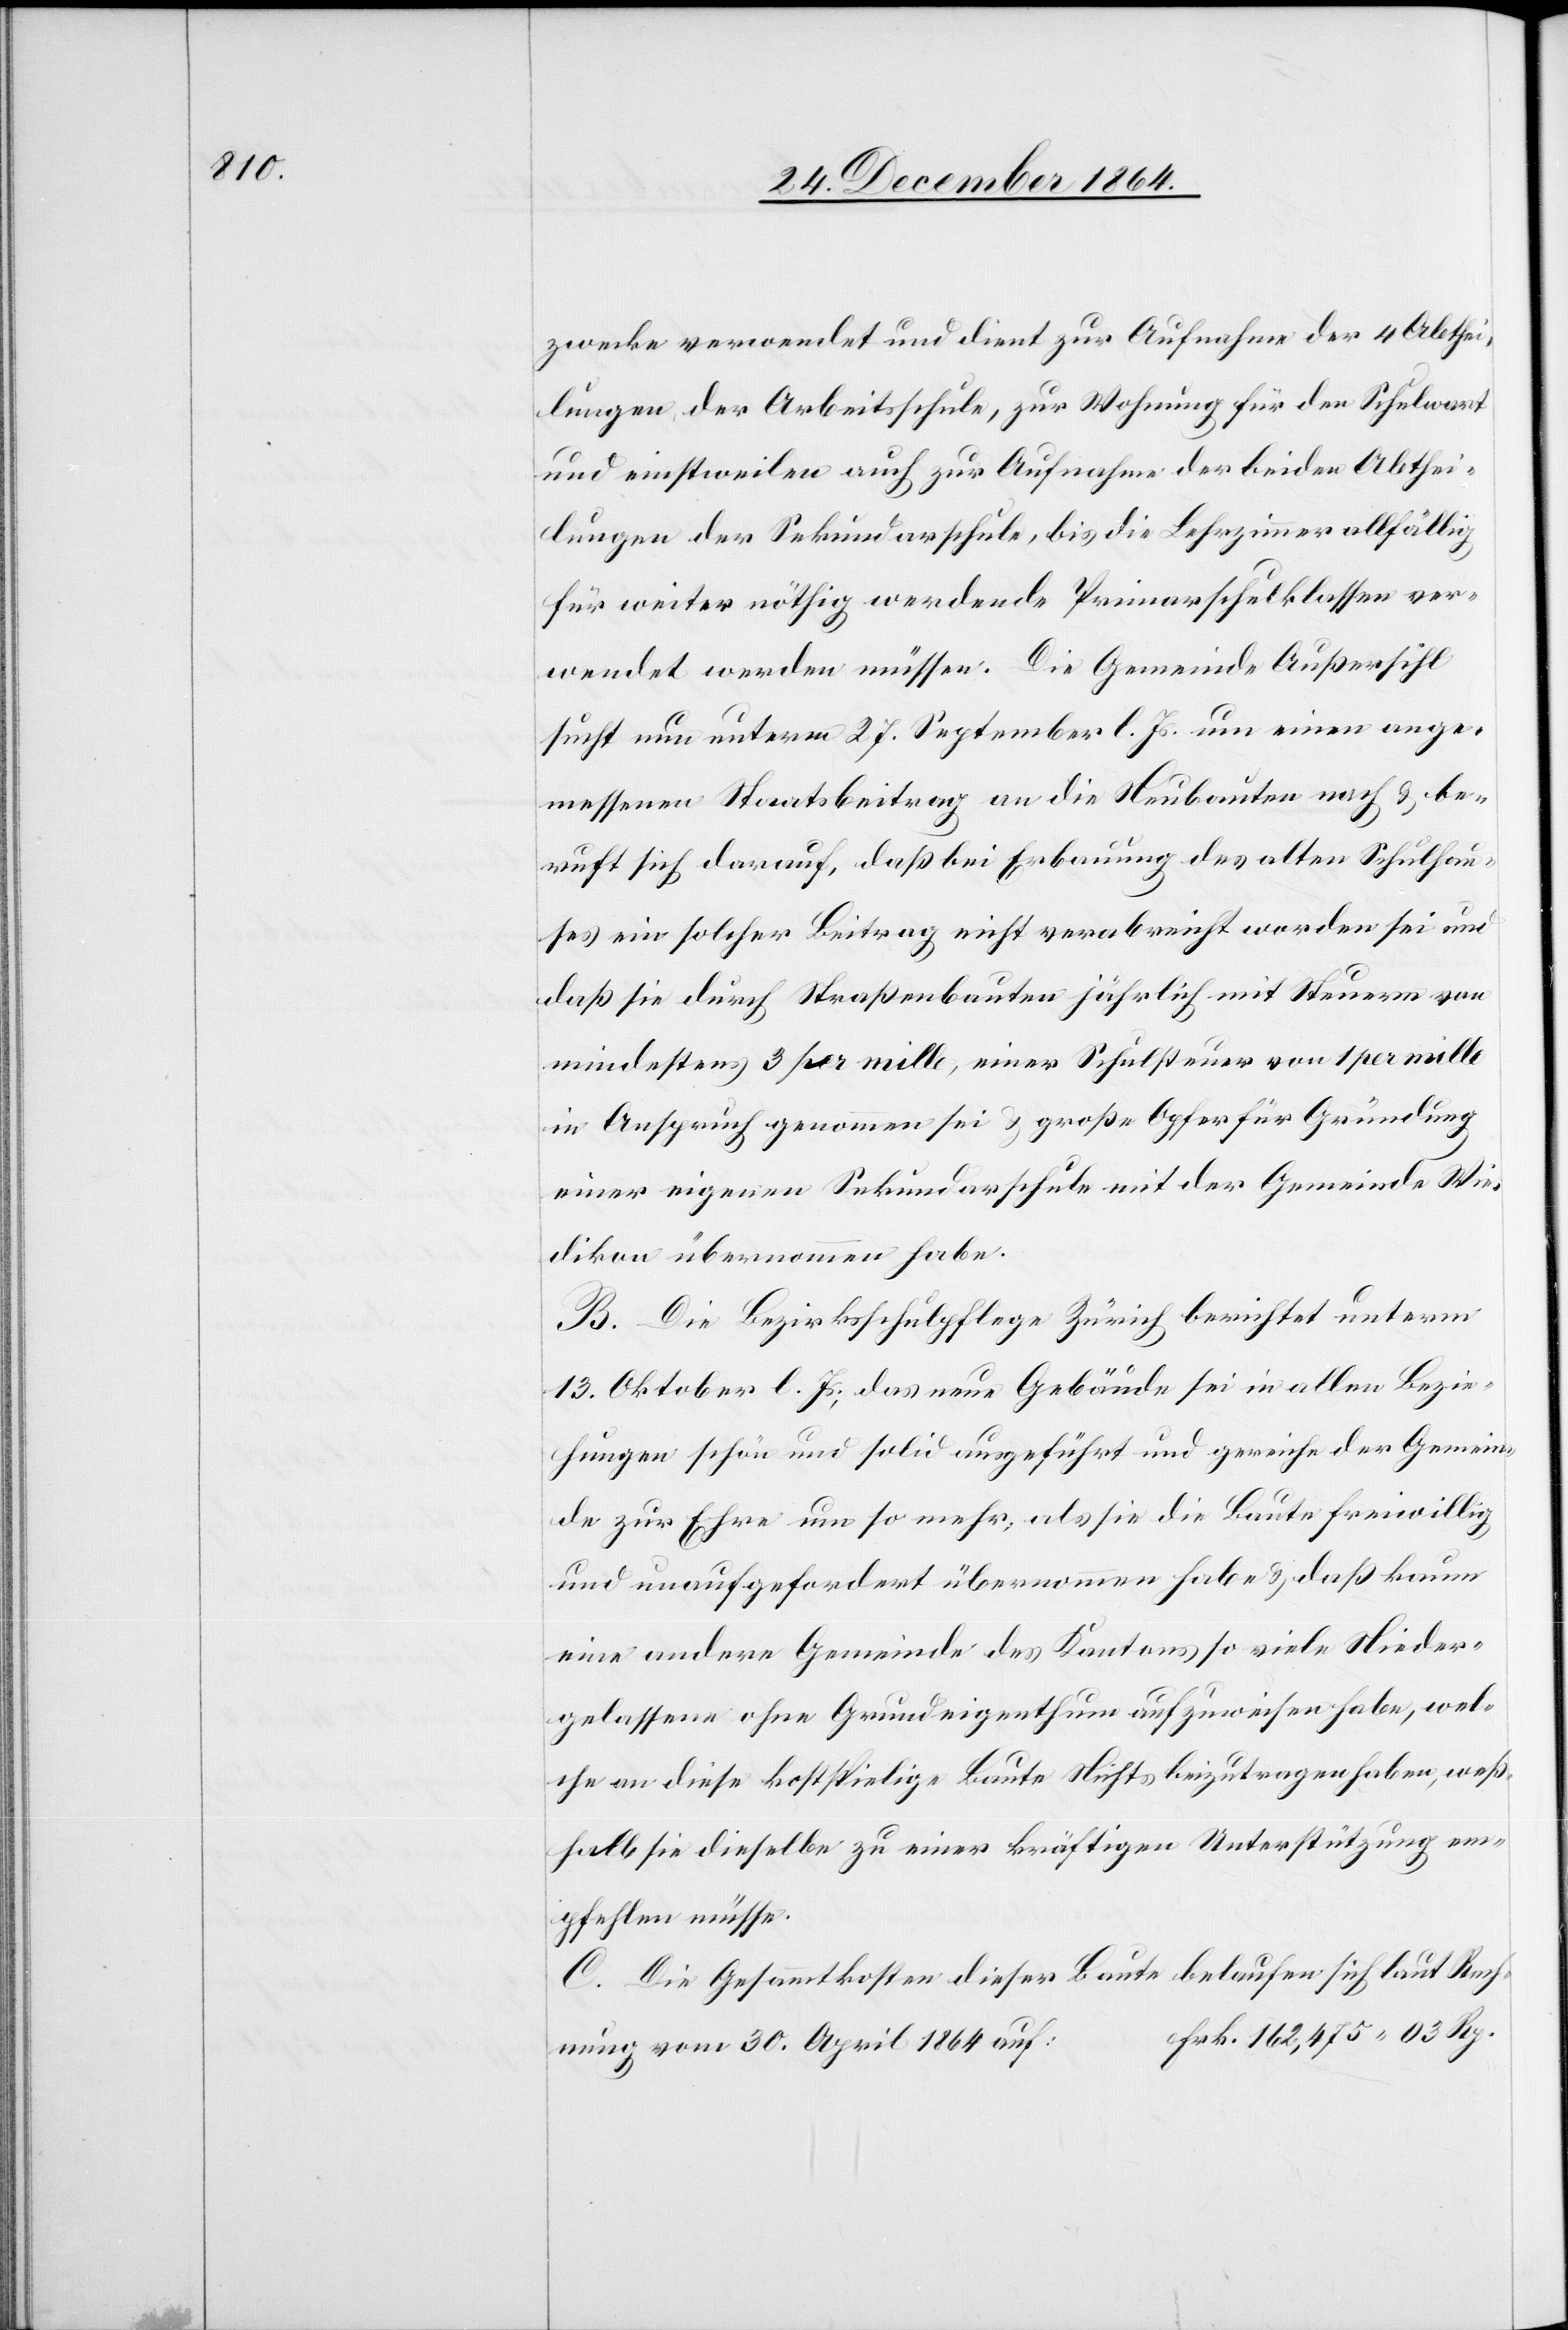
zwecke verwendet und dient zur Aufnahme der 4 Abthei¬
lungen der Arbeitsschule, zur Wohnung für den Schulwart
und einstweilen auch zur Aufnahme der beiden Abthei¬
lungen der Sekundarschule, bis die Lehrzimmer allfällig
für weiter nöthig werdende Primarschulklassen ver¬
wendet werden müssen. Die Gemeinde Außersihl
sucht nun unterm 27. September l. Js. um einen ange¬
messenen Staatsbeitrag an die Neubauten nach & be¬
ruft sich darauf, daß bei Erbauung des alten Schulhau¬
ses ein solcher Beitrag nicht verabreicht worden sei und
daß sie durch Straßenbauten jährlich mit Steuern von
mindestens 3 per mille, einer Schulsteuer von 1 per mille
in Anspruch genommen sei & große Opfer für Gründung
einer eigenen Sekundarschule mit der Gemeinde Wie¬
dikon übernommen habe.
B. Die Bezirksschulpflege Zürich berichtet unterm
13. Oktober l. Js., das neue Gebäude sei in allen Bezie¬
hungen schön und solid ausgeführt und gereiche der Gemein¬
de zur Ehre um so mehr, als sie die Baute freiwillig
und unaufgefordert übernommen habe & daß kaum
eine andere Gemeinde des Kantons so viele Nieder¬
gelassene ohne Grundeigenthum aufzuweisen habe, wel¬
che an diese kostspielige Baute Nichts beizutragen haben, weß¬
halb sie dieselbe zu einer kräftigen Unterstützung em¬
pfehlen müsse.
C. Die Gesammtkosten dieser Baute belaufen sich laut Rech¬
nung vom 30. April 1864 auf: